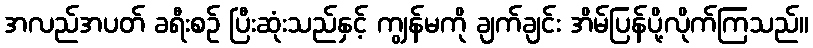
အလည်အပတ် ခရီးစဉ် ပြီးဆုံးသည်နှင့် ကျွန်မကို ချက်ချင်း အိမ်ပြန်ပို့လိုက်ကြသည်။